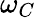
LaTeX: \omega_{C}